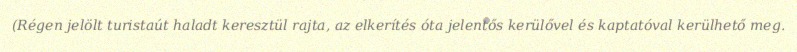
(Régen jelölt turistaút haladt keresztül rajta, az elkerítés óta jelentős kerülővel és kaptatóval kerülhető meg.